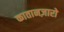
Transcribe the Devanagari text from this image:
कातानज़ारो